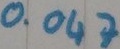
Text: 0.047